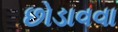
છોડાવવા